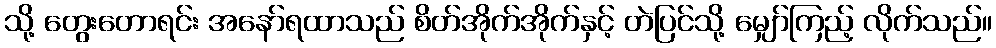
သို့ တွေးတောရင်း အနော်ရထာသည် စိတ်အိုက်အိုက်နှင့် တဲပြင်သို့ မျှော်ကြည့် လိုက်သည်။